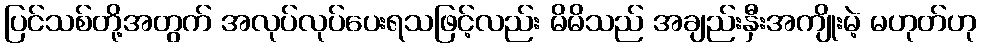
ပြင်သစ်တို့အတွက် အလုပ်လုပ်ပေးရသဖြင့်လည်း မိမိသည် အချည်းနှီးအကျိုးမဲ့ မဟုတ်ဟု